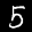
Label: 5